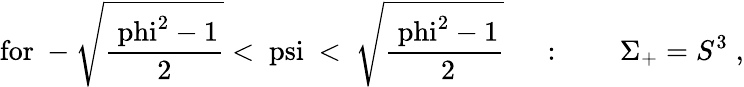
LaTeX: \mathrm{for~-\sqrt{\frac{\ phi^{2}-1}{2}}<\ psi~<~\sqrt{\frac{\ phi^{2}-1}{~2}}~}\quad:\qquad\Sigma_{+}=S^{3}\; ,